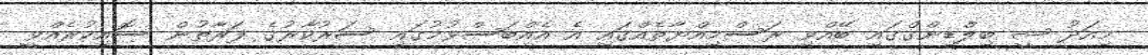
މިއަދު ޝީ ބިލްޑިންގްގައި ބޭއްވި ރަސްމިއްޔާތެއްގައި އެ އެއްބަސްވުމުގައި ސަރުކާރުގެ ފަރާތުން ސޮއިކުރެއްވީ